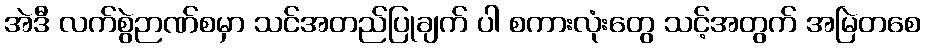
အဲဒီ လက်စွဲဉာဏ်စမှာ သင်အတည်ပြုချက် ပါ စကားလုံးတွေ သင့်အတွက် အမြဲတစေ